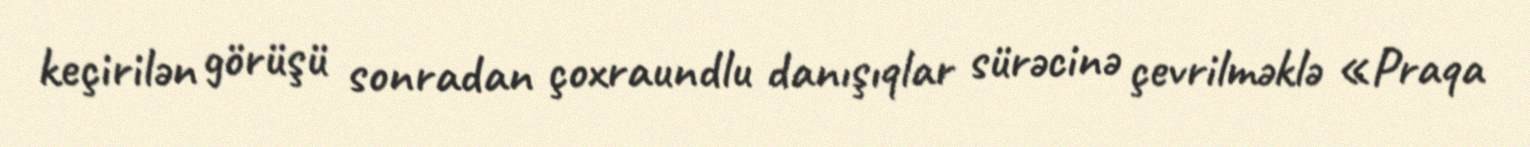
keçirilən görüşü sonradan çoxraundlu danışıqlar sürəcinə çevrilməklə «Praqa